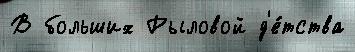
В больших Рыловой д'е́тства